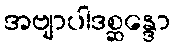
အဗျာပါဒစ္ဆန္ဒော